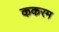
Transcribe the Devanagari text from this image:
ककरम